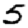
Digit: 5